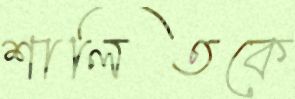
শালিতকে